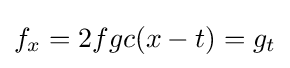
\displaystyle f_{x}=2fgc(x-t)=g_{t}